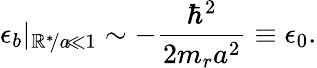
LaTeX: \epsilon_{b}|_{\mathbb{R}^{*}\! /a\! \ll1}\sim-\frac{{\hbar^{2}}}{{2m_{r}a^{2}}}\equiv\epsilon_{0}.